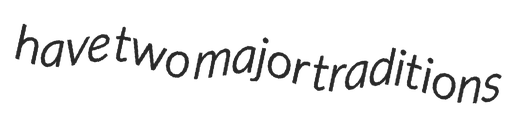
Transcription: have two major traditions